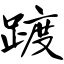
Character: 踱